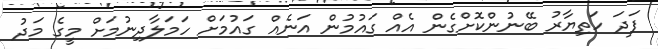
ފަދަ ހަތިޔާރު ބޭނުންކޮށްގެން އެއް ގައުމުން އަނެއް ގައުމަށް ހަމަލާދިނުމަށް މީގެ މަދު